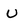
Character: U